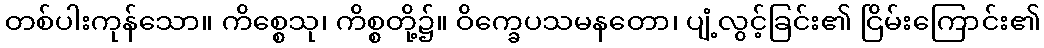
တစ်ပါးကုန်သော။ ကိစ္စေသု၊ ကိစ္စတို့၌။ ဝိက္ခေပသမနတော၊ ပျံ့လွင့်ခြင်း၏ ငြိမ်းကြောင်း၏